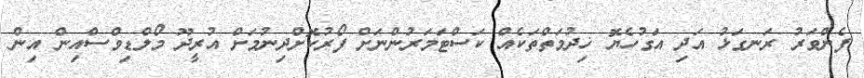
ފެންވަރު ރަނގަޅު އަދި އަގުހެޔޮ ޚިދުމަތްތަކެއް ކަސްޓަމަރުންނަށް ފޯރުކޮށްދިނުމަށް އުރީދޫ މޯލްޑިވްސްއިން އިން